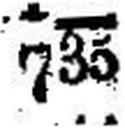
735